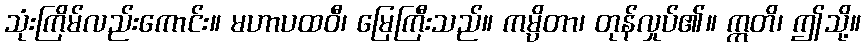
သုံးကြိမ်လည်းကောင်း။ မဟာပထဝီ၊ မြေကြီးသည်။ ကမ္ပိတာ၊ တုန်လှုပ်၏။ ဣတိ၊ ဤသို့။